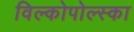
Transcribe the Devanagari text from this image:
विल्कोपोल्स्का